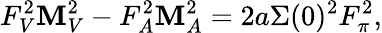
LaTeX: F_{V}^{2}\mathbf{M}_{V}^{2}-F_{A}^{2}\mathbf{M}_{A}^{2}=2a\Sigma(0)^{2}F_{\pi}^{2},